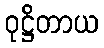
ဝုဋ္ဌိတာယ